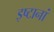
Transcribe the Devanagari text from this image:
इष्टानां